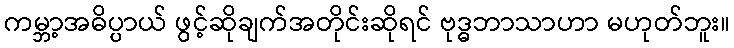
ကမ္ဘာ့အဓိပ္ပာယ် ဖွင့်ဆိုချက်အတိုင်းဆိုရင် ဗုဒ္ဓဘာသာဟာ မဟုတ်ဘူး။